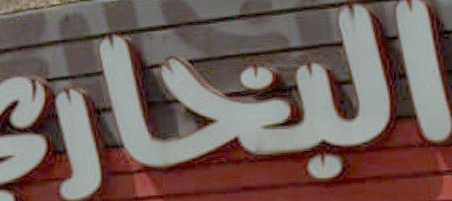
البحارة